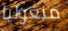
منغوليا